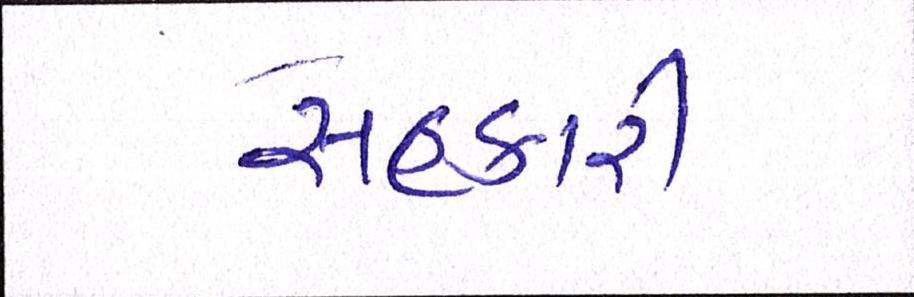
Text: સહકારી